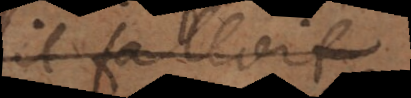
il faudroit